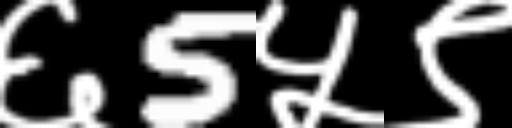
Text: ६5५९